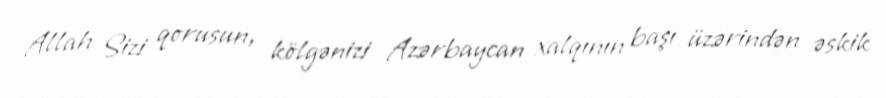
Allah Sizi qorusun, kölgənizi Azərbaycan xalqının başı üzərindən əskik